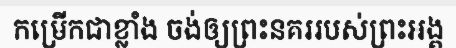
កម្រើកជាខ្លាំង ចង់ឲ្យព្រះនគររបស់ព្រះអង្គ